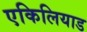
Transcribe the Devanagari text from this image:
एकिलियाड